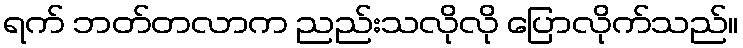
ရက် ဘတ်တလာက ညည်းသလိုလို ပြောလိုက်သည်။